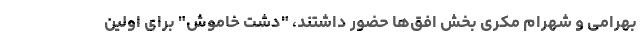
بهرامی و شهرام مکری بخش افق‌ها حضور داشتند، "دشت خاموش" برای اولین